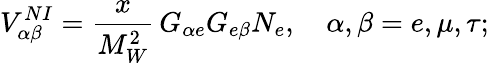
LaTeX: V_{\alpha\beta}^{NI}=\frac{x}{M_{W}^{2}}\, G_{\alpha e}G_{e\beta}N_{e},\quad\alpha,\beta=e,\mu,\tau;